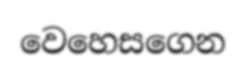
වෙහෙසගෙන